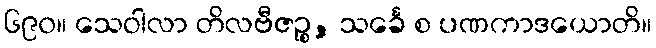
၆၉၀။ သေဝါလာ တိလဗီဇဉ္စ, သင်္ခေ စ ပဏကာဒယောတိ။